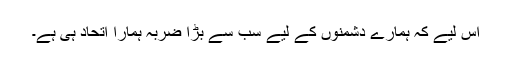
اس لیے کہ ہمارے دشمنوں کے لیے سب سے بڑا ضربہ ہمارا اتحاد ہی ہے۔